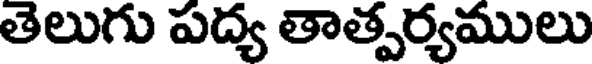
తెలుగు పద్య తాత్పర్యములు